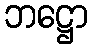
ဘဋ္ဌော